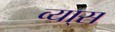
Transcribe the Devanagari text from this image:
व्या्स